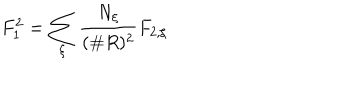
F _ { 1 } ^ { 2 } = \sum _ { \xi } \frac { N _ { \xi } } { ( \# R ) ^ { 2 } } F _ { 2 , \xi }